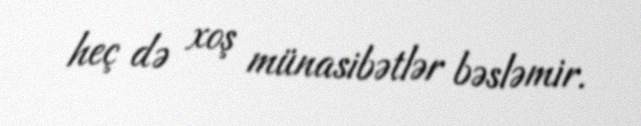
heç də xoş münasibətlər bəsləmir.